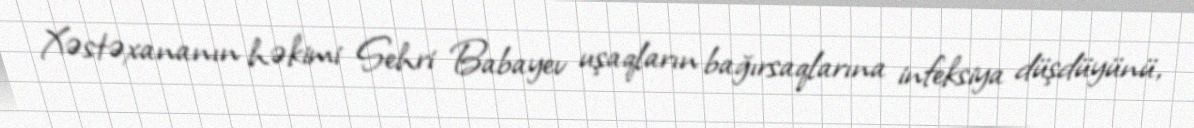
Xəstəxananın həkimi Sehri Babayev uşaqların bağırsaqlarına infeksiya düşdüyünü,